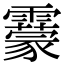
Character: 靀